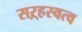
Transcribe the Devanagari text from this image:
सऱ्हस्वत्व